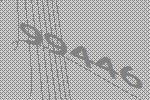
99446